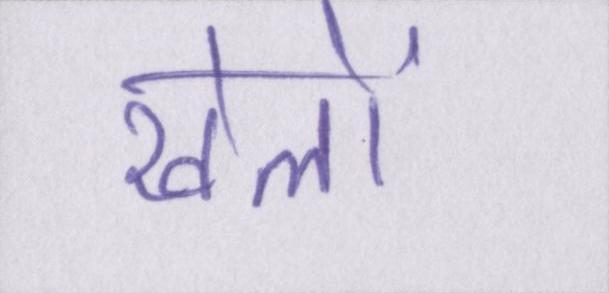
खेलों